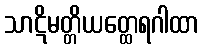
သာဋိမတ္တိယတ္ထေရဂါထာ